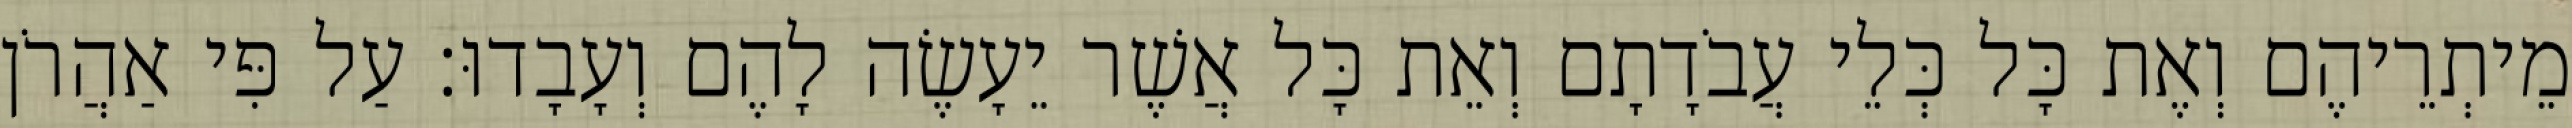
מֵיתְרֵיהֶם וְאֶת כָּל כְּלֵי עֲבֹדָתָם וְאֵת כָּל אֲשֶׁר יֵעָשֶׂה לָהֶם וְעָבָדוּ׃ עַל פִּי אַהֲרֹן